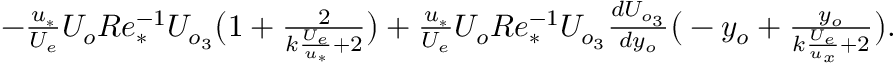
\begin{array} { r } { - \frac { u _ { * } } { U _ { e } } U _ { o } R e _ { * } ^ { - 1 } U _ { o _ { 3 } } \big ( 1 + \frac { 2 } { k \frac { U _ { e } } { u _ { * } } + 2 } \big ) + \frac { u _ { * } } { U _ { e } } U _ { o } R e _ { * } ^ { - 1 } U _ { o _ { 3 } } \frac { d U _ { o _ { 3 } } } { d y _ { o } } \big ( - y _ { o } + \frac { y _ { o } } { k \frac { U _ { e } } { u _ { x } } + 2 } \big ) . } \end{array}